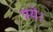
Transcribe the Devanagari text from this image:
पये।